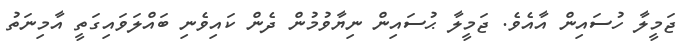
ޖަމީލާ ހުސައިން އާއެވެ. ޖަމީލާ ޙުސައިން ނިޔާވުމުން ދެން ކައިވެނި ބައްލަވައިގަތީ އާމިނަތު